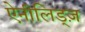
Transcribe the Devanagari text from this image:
ऐनीलिड्ज़